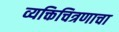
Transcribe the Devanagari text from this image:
व्यक्तिचित्रणाचा